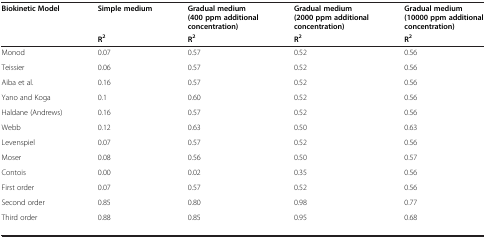
<table><thead><tr><td><b>Biokinetic Model</b></td><td><b>Simple medium</b></td><td><b>Gradual medium (400 ppm additional concentration)</b></td><td><b>Gradual medium (2000 ppm additional concentration)</b></td><td><b>Gradual medium (10000 ppm additional concentration)</b></td></tr><tr><td><b> </b></td><td><b>R<sup>2</sup></b></td><td><b>R<sup>2</sup></b></td><td><b>R<sup>2</sup></b></td><td><b>R<sup>2</sup></b></td></tr></thead><tbody><tr><td>Monod</td><td>0.07</td><td>0.57</td><td>0.52</td><td>0.56</td></tr><tr><td>Teissier</td><td>0.06</td><td>0.57</td><td>0.52</td><td>0.56</td></tr><tr><td>Aiba et al.</td><td>0.16</td><td>0.57</td><td>0.52</td><td>0.56</td></tr><tr><td>Yano and Koga</td><td>0.1</td><td>0.60</td><td>0.52</td><td>0.56</td></tr><tr><td>Haldane (Andrews)</td><td>0.16</td><td>0.57</td><td>0.52</td><td>0.56</td></tr><tr><td>Webb</td><td>0.12</td><td>0.63</td><td>0.50</td><td>0.63</td></tr><tr><td>Levenspiel</td><td>0.07</td><td>0.57</td><td>0.52</td><td>0.56</td></tr><tr><td>Moser</td><td>0.08</td><td>0.56</td><td>0.50</td><td>0.57</td></tr><tr><td>Contois</td><td>0.00</td><td>0.02</td><td>0.35</td><td>0.56</td></tr><tr><td>First order</td><td>0.07</td><td>0.57</td><td>0.52</td><td>0.56</td></tr><tr><td>Second order</td><td>0.85</td><td>0.80</td><td>0.98</td><td>0.77</td></tr><tr><td>Third order</td><td>0.88</td><td>0.85</td><td>0.95</td><td>0.68</td></tr></tbody></table>